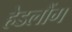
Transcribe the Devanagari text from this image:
हेडलौंग